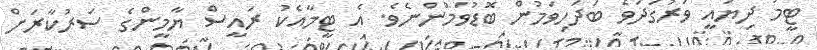
ޓީމު ދިޔައީ ވަރުގަދަވެ ބަދަހިވަމުން ބޮޑުވަމުންނެވެ. އެ ޓީމާއެކު ރައީސް ޔާމީންގެ ސަރުކާރަށް